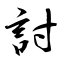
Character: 討